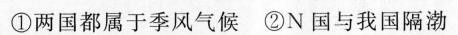
①两国都属于季风气候②N国与我国隔渤